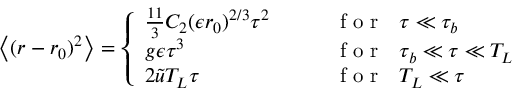
\left\langle { ( r - r _ { 0 } ) ^ { 2 } } \right\rangle = \left\{ \begin{array} { l l } { \frac { 1 1 } { 3 } C _ { 2 } ( \epsilon r _ { 0 } ) ^ { 2 / 3 } \tau ^ { 2 } \quad \quad } & { \mathrm { ~ f ~ o ~ r ~ } \, \, \, \, \tau \ll \tau _ { b } } \\ { g \epsilon \tau ^ { 3 } } & { \mathrm { ~ f ~ o ~ r ~ } \, \, \, \, \tau _ { b } \ll \tau \ll T _ { L } } \\ { 2 \tilde { u } T _ { L } \tau } & { \mathrm { ~ f ~ o ~ r ~ } \, \, \, \, T _ { L } \ll \tau } \end{array} \right.